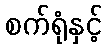
စက်ရုံနှင့်